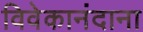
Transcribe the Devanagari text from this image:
विवेकानंदाना